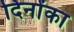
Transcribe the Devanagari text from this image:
दिनोंका